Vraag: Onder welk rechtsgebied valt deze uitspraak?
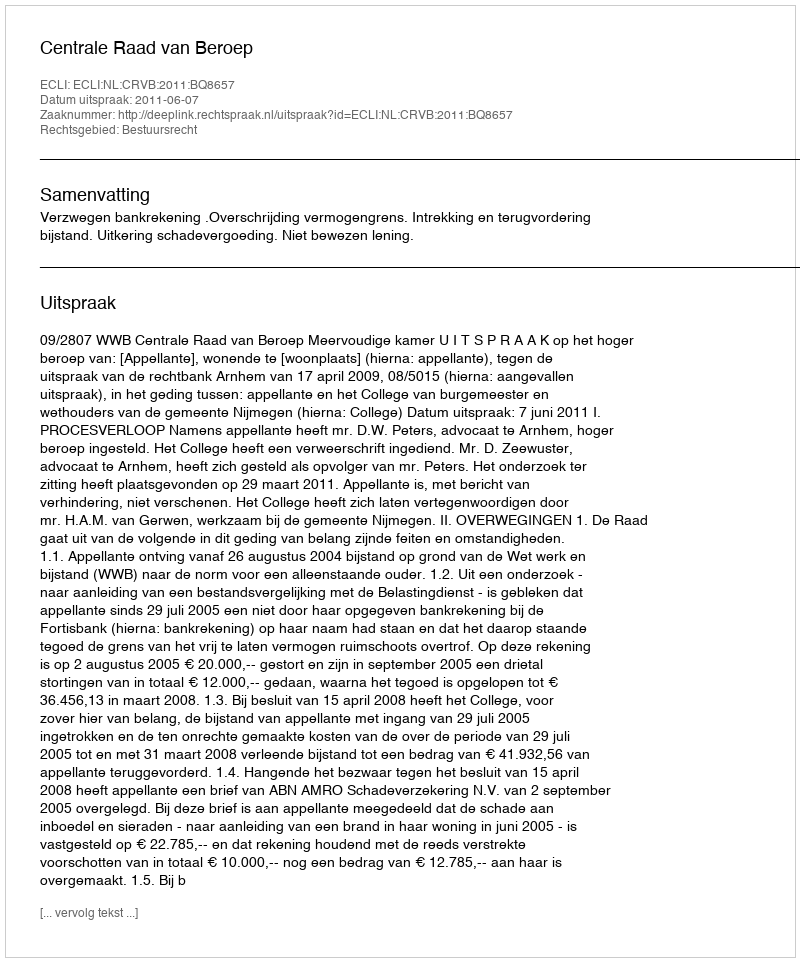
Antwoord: Bestuursrecht